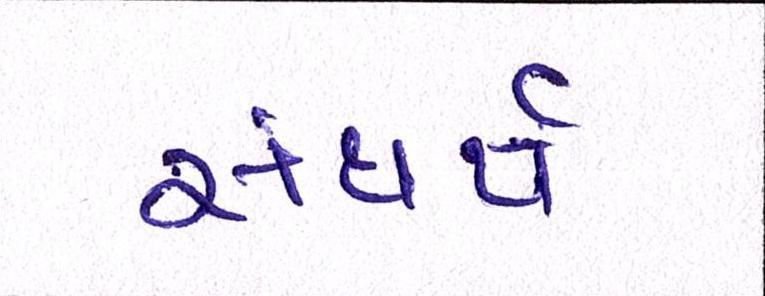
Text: સંઘર્ષ